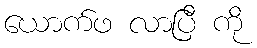
ယောက်ဖ လာပြီ ကို